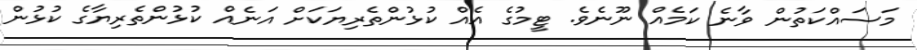
މަސައްކަތުން ވާނެ ކަމެއް ނޫނެވެ. ޓީމުގެ އެއް ކުޅުންތެރިޔަކަށް އަނެއް ކުޅުންތެރިޔާގެ ކުޅުން